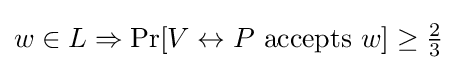
w\in L\Rightarrow \Pr[V\leftrightarrow P{\text{ accepts }}w]\geq {\tfrac {2}{3}}